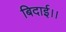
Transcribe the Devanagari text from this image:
बिदाई।।